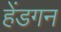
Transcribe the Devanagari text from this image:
हेंडगन